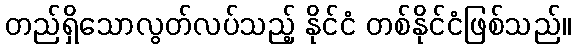
တည်ရှိသောလွတ်လပ်သည့် နိုင်ငံ တစ်နိုင်ငံဖြစ်သည်။